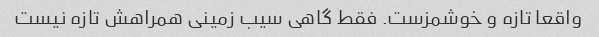
واقعا تازه و خوشمزست. فقط گاهی سیب زمینی همراهش تازه نیست